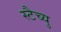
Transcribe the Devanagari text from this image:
स्टैच्यु